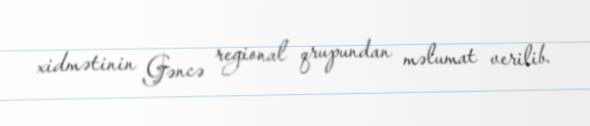
xidmətinin Gəncə regional qrupundan məlumat verilib.